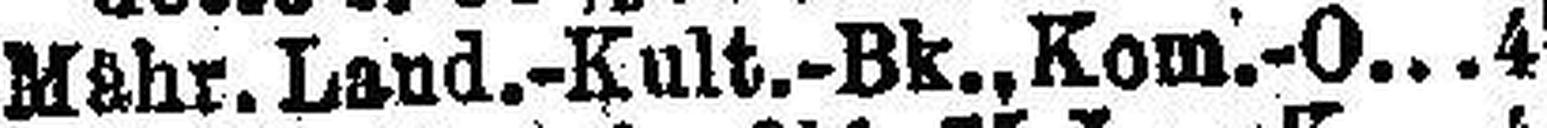
Mähr. Land.-Kult.-Bk., Kom.-O 4